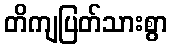
တိကျပြတ်သားစွာ